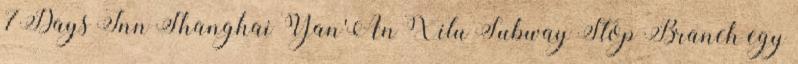
7Days Inn Shanghai Yan'An Xilu Subway Stop Branch egy